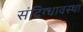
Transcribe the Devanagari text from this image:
संदिग्धावस्था